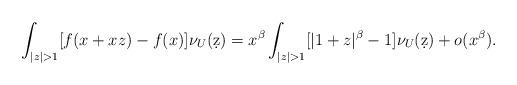
LaTeX: \begin{align*}\int_{|z|>1} [f(x+xz ) - f(x) ] \nu_U (\d z) = x^\beta \int_{|z| >1} [ |1 + z|^\beta - 1 ] \nu_U (\d z) + o(x^\beta).\end{align*}